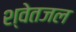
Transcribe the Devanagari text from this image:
श्वेतजल